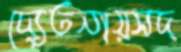
দ্যেতনায়সদ্